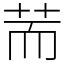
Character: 荋